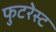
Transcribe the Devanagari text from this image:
फुटरेस्ट